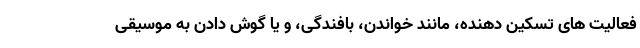
فعالیت های تسکین دهنده، مانند خواندن، بافندگی، و یا گوش دادن به موسیقی